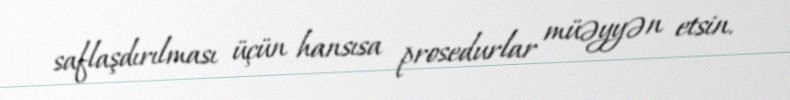
saflaşdırılması üçün hansısa prosedurlar müəyyən etsin.